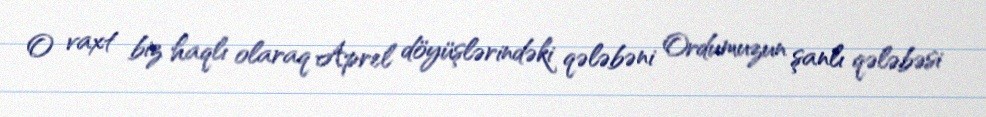
O vaxt biz haqlı olaraq Aprel döyüşlərindəki qələbəni Ordumuzun şanlı qələbəsi